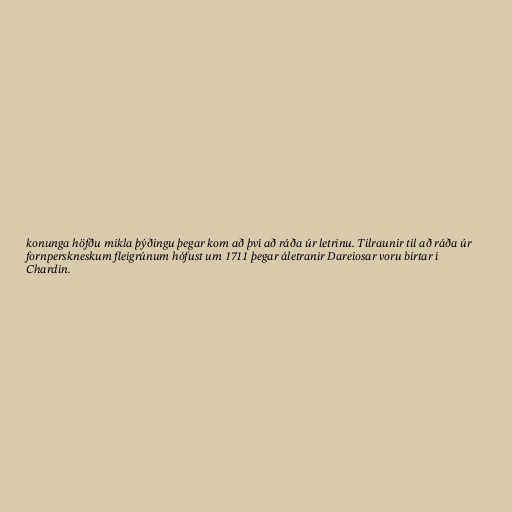
konunga höfðu mikla þýðingu þegar kom að því að ráða úr letrinu. Tilraunir til að ráða úr
fornperskneskum fleigrúnum hófust um 1711 þegar áletranir Dareiosar voru birtar í
Chardin.